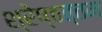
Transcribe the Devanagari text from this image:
श्रेष्ठत्तम